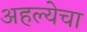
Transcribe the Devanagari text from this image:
अहल्येचा